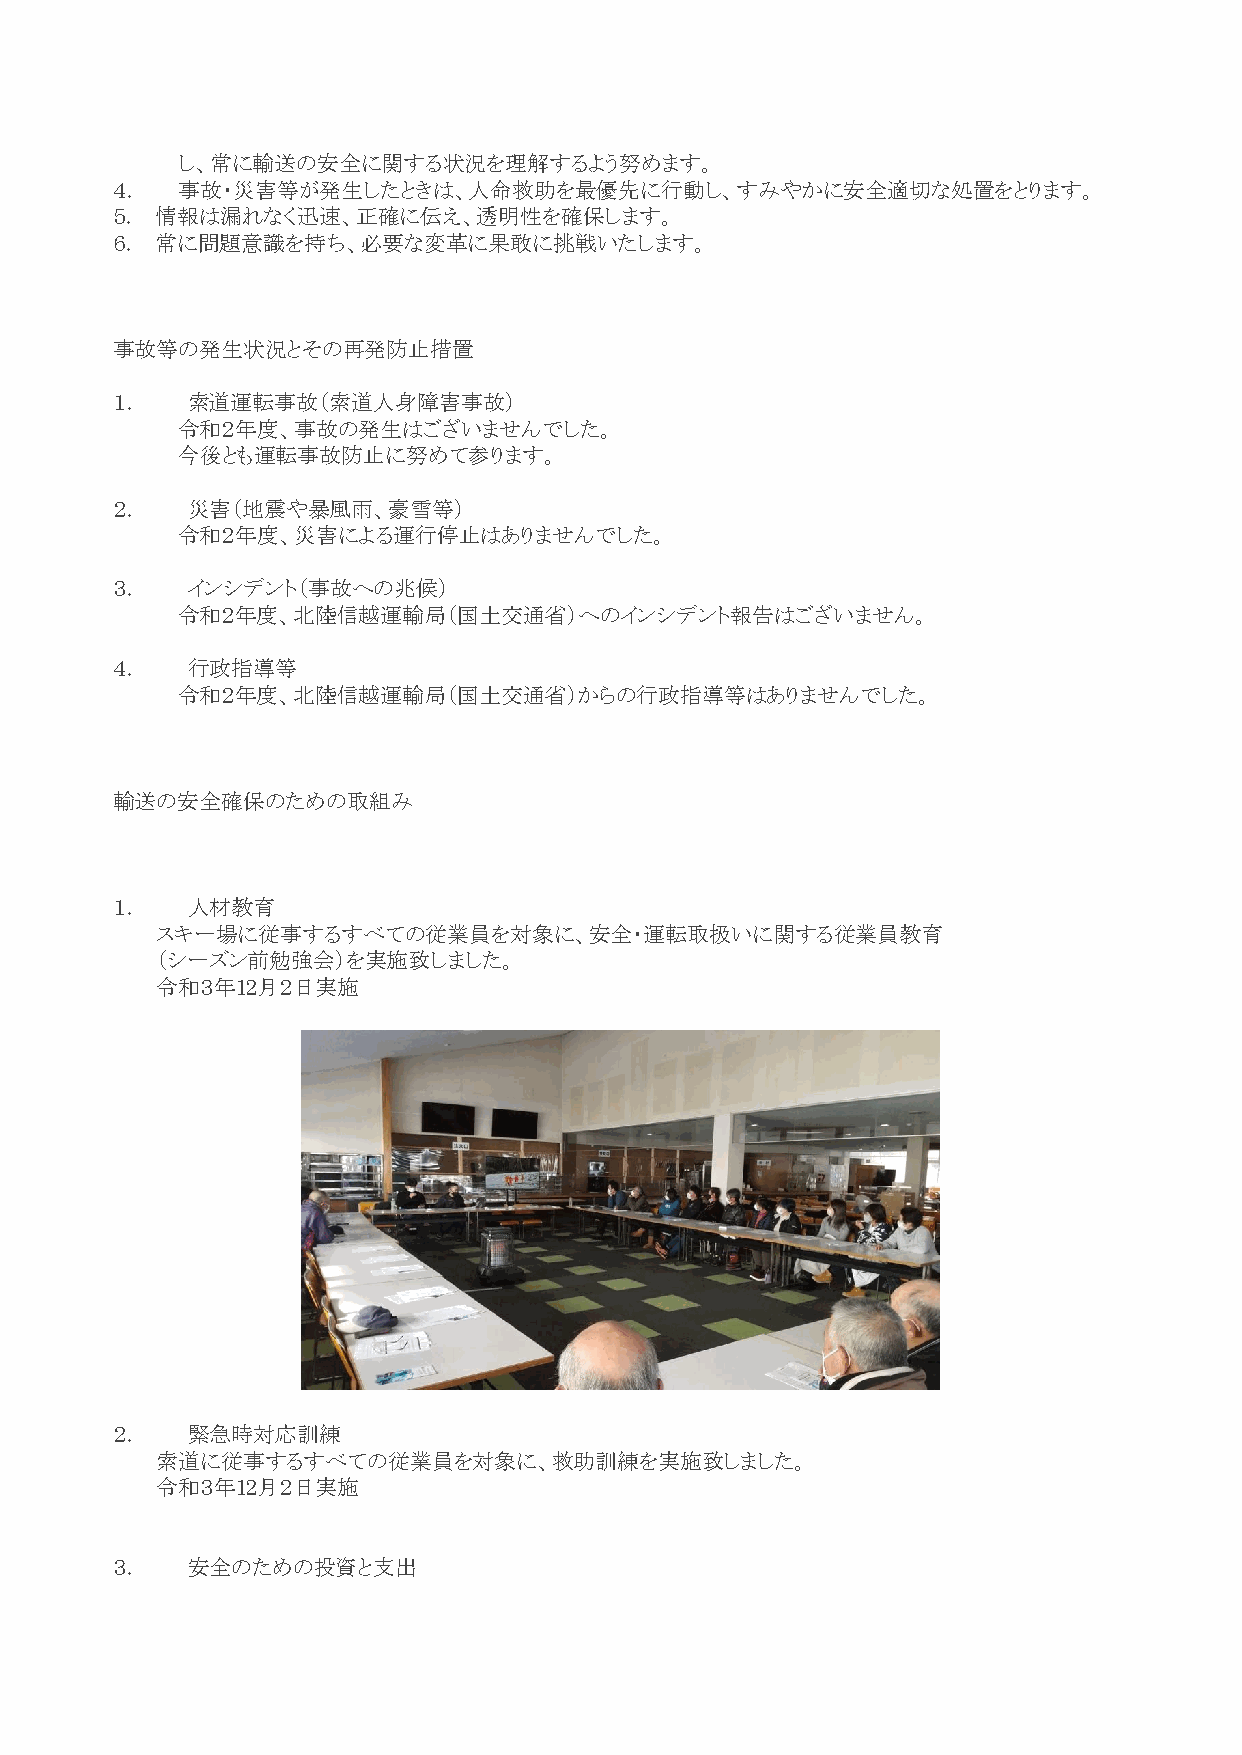
し、常に輸送の安全に関する状況を理解するよう努めます。
 ４．   事故・災害等が発生したときは、人命救助を最優先に行動し、すみやかに安全適切な処置をとります。
 ５． 情報は漏れなく迅速、正確に伝え、透明性を確保します。
 ６． 常に問題意識を持ち、必要な変革に果敢に挑戦いたします。
 事故等の発生状況とその再発防止措置
 １．   索道運転事故（索道人身障害事故）
 令和２年度、事故の発生はございませんでした。
 今後とも運転事故防止に努めて参ります。
 ２．   災害（地震や暴風雨、豪雪等）
 令和２年度、災害による運行停止はありませんでした。
 ３．   インシデント（事故への兆候）
 令和２年度、北陸信越運輸局（国土交通省）へのインシデント報告はございません。
 ４．   行政指導等
 令和２年度、北陸信越運輸局（国土交通省）からの行政指導等はありませんでした。
 輸送の安全確保のための取組み
 １．   人材教育
 スキー場に従事するすべての従業員を対象に、安全・運転取扱いに関する従業員教育
 （シーズン前勉強会）を実施致しました。
 令和３年12月２日実施
 ２．   緊急時対応訓練
 索道に従事するすべての従業員を対象に、救助訓練を実施致しました。
 令和３年12月２日実施
 ３．   安全のための投資と支出